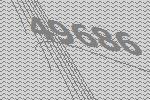
49686